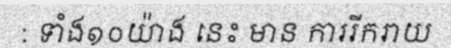
: ទាំង១០យ៉ាង នេះ មាន ការរីករាយ